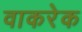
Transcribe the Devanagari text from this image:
वाकरेक